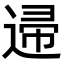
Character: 䢜